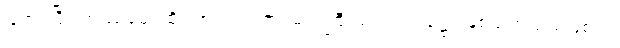
ပြုအပ်ပြီ။ တဿမေ၊ ထိုငါအား။ ရာဇာ၊ မင်းကြီးသည်။ တုဋ္ဌော၊ နှစ်သက်သည်ဖြစ်၍။